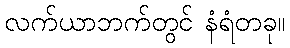
လက်ယာဘက်တွင် နံရံတခု။